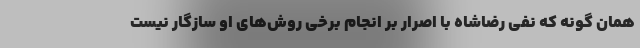
همان گونه که نفی رضاشاه با اصرار بر انجام برخی روش‌های او سازگار نیست